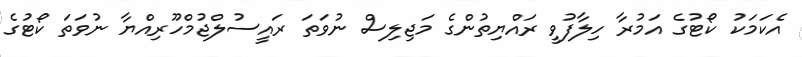
އެކަމަކު ކޯޓުގެ އަމުރާ ހިލާފުވީ ރައްޔިތުންގެ މަޖިލިސް ނުވަތަ ރައީސުލްޖުމްހޫރިއްޔާ ނުވަތަ ކޯޓުގެ